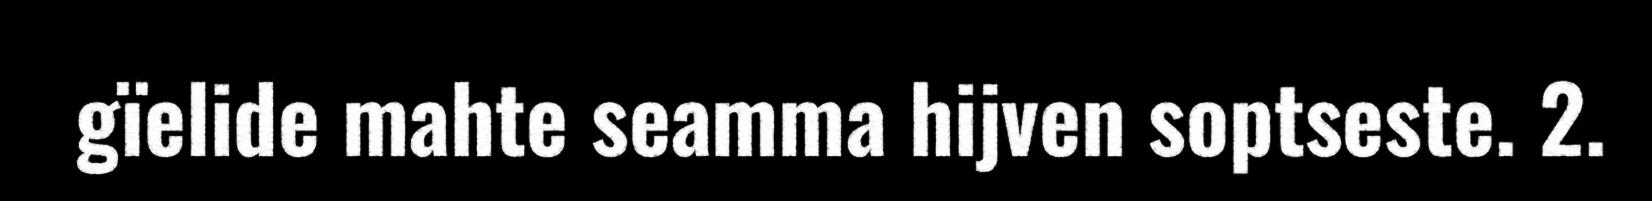
gïelide mahte seamma hijven soptseste. 2.